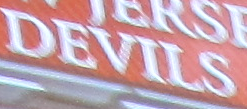
DEVILS